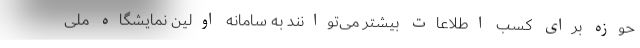
حوزه برای کسب اطلاعات بیشتر می‌توانند به سامانه اولین نمایشگاه ملی